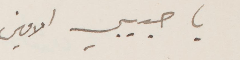
يا حبيبي الأمين